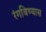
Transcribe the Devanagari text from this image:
रंगविण्यास